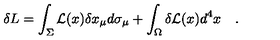
\delta L = \int _ { \Sigma } { \cal L } ( x ) \delta x _ { \mu } d \sigma _ { \mu } + \int _ { \Omega } \delta { \cal L } ( x ) d ^ { 4 } x \quad .